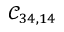
\mathcal { C } _ { 3 4 , 1 4 }